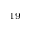
^ { 1 9 }